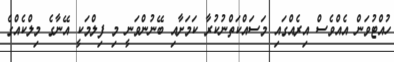
ހުއްޓުވަން އެއްވެސް އިރެއްގައި މަސައްކަތްނުކުރާ ކަމަށާއި ބޭނުންވަނީ މި ފިލްމަކީ އޭނާގެ މިލްކެއްގެ